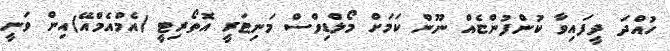
ހުއްދަ ދީފައިވާ ކުންފުންޏެއް ނޫން ކަމަށް މޯލްޑިވްސް މަނިޓަރީ އޮތޯރިޓީ (އެމްއެމްއޭ)އިން ވަނީ